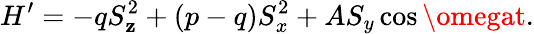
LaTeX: H^{\prime}=-qS_{\mathbf{z}}^{2}+(p-q)S_{x}^{2}+AS_{y}\cos\omegat.